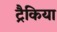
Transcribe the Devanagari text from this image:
ट्रैकिया